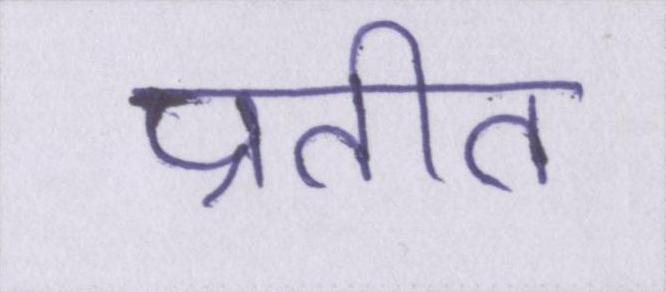
प्रतीत